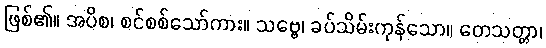
ဖြစ်၏။ အပိစ၊ စင်စစ်သော်ကား။ သဗ္ဗေ၊ ခပ်သိမ်းကုန်သော။ တေသတ္တာ၊